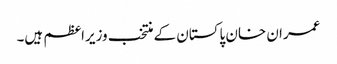
عمران خان پاکستان کے منتخب وزیراعظم ہیں۔